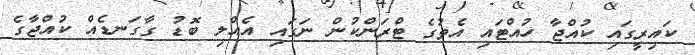
ކައިރީގައި ކުއްޖާ ހުއްޓައި އެތުގެ ޓްރަންކުން ނަގައި އެއްލި ބޮޑު ގާގަނޑެއް ކުއްޖާގެ